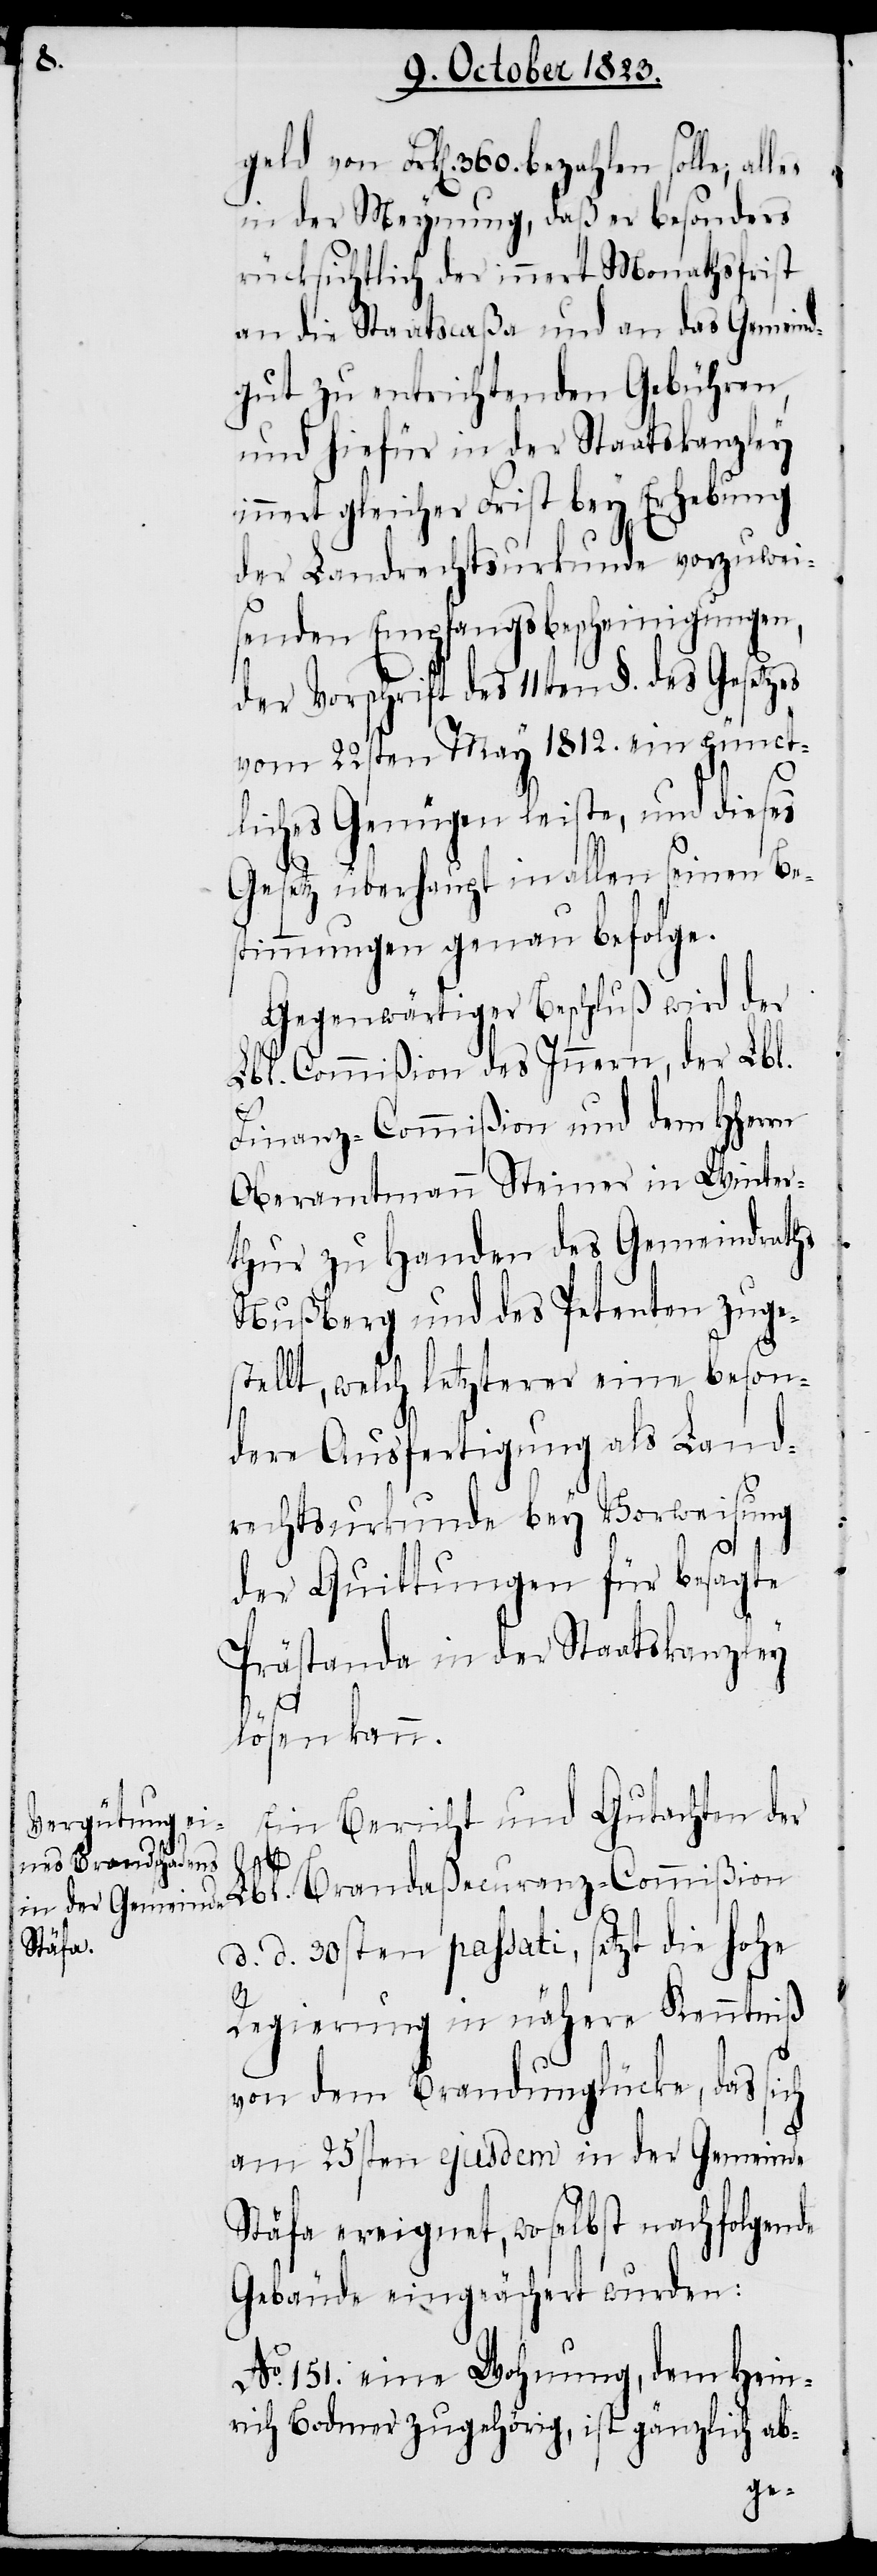
ß.

geld von Frk[en]. 360. bezahlen solle; al¬
in der Meynung, daß er besonders
rücksichtlich der innert Monathsfrist
an die Staatscaßa und an das Gemein¬
dgut zu entrichtenden Gebühren,
und hiefür in der Staatskanzley
innert gleicher Frist bey Erhebung
der Landrechtsurkunde vorzuwei¬
senden Empfangsbescheinigungen,
der Vorschrift des 11ten §. des Gesetzes
vom 22sten May 1812. ein pünct¬
liches Genügen leiste, und dieses
Gesetz überhaupt in allen seinen Be¬
stimmungen genau befolge.
Gegenwärtiger Beschluß wird der
Lbl. Commißion des Innern und dem HHe¬
Oberamtmann Steiner in Winter¬
thur zu Handen des Gemeindraths
Nußberg und des Petenten zuge¬
stellt, welch letzterer eine beson¬
dere Ausfertigung als Land¬
rechtsurkunde bey Vorweisung
der Quittungen für besagte
Prästanda in der Staatskanzley
lösen kann.
Ein Bericht und Gutachten der
R.
Lbl. Brandaßecuranz-Commißion
d. d. 30sten passati, setzt die hohe
Regierung in nähere Kenntniß
von dem Brandunglücke, das sich
am 25sten ejusdem in der Gemeinde
Stäfa ereignet, woselbst nachfolgende
Gebäude eingeäschert wurden:
No. 151. eine Wohnung, dem Hein¬
rich Bodmer zugehörig, ist gänzlich ab-